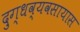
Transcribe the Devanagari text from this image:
दुग्धव्यवसायास